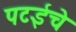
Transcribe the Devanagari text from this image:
पटईचे